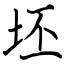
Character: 坯